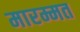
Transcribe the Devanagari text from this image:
मारम्मत